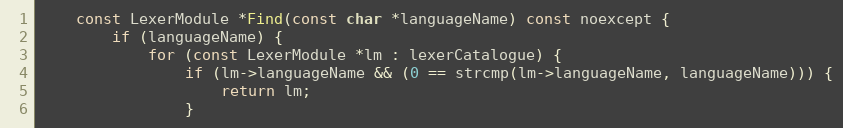
Language: C
	const LexerModule *Find(const char *languageName) const noexcept {
		if (languageName) {
			for (const LexerModule *lm : lexerCatalogue) {
				if (lm->languageName && (0 == strcmp(lm->languageName, languageName))) {
					return lm;
				}